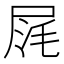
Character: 𡱤